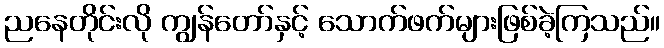
ညနေတိုင်းလို ကျွန်တော်နှင့် သောက်ဖက်များဖြစ်ခဲ့ကြသည်။